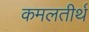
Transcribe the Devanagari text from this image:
कमलतीर्थ